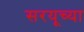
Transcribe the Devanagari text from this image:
सरयूच्या